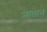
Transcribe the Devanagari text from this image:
नातान